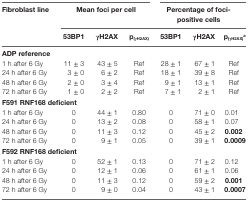
| <ROWSPAN=3> Fibroblast line | <COLSPAN=3> Mean foci per cell | <COLSPAN=3> Percentage of foci-positive cells |
 | 53BP1 | γH2AX | p(γH2AX) | 53BP1 | γH2AX | p(γH2AX)a |
 | --- | --- | --- | --- | --- | --- | --- |
 | <COLSPAN=7> ADP reference |
 | 1 h after 6 Gy | 11 ± 3 | 43 ± 5 | Ref | 28 ± 1 | 67 ± 1 | Ref |
 | 24 h after 6 Gy | 3 ± 0 | 6 ± 2 | Ref | 18 ± 1 | 39 ± 8 | Ref |
 | 48 h after 6 Gy | 2 ± 0 | 3 ± 4 | Ref | 9 ± 1 | 13 ± 1 | Ref |
 | 72 h after 6 Gy | 1 ± 0 | 2 ± 2 | Ref | 7 ± 1 | 2 ± 1 | Ref |
 | <COLSPAN=7> F591 RNF168 deficient |
 | 1 h after 6 Gy | 0 | 44 ± 1 | 0.80 | 0 | 71 ± 0 | 0.01 |
 | 24 h after 6 Gy | 0 | 13 ± 2 | 0.08 | 0 | 58 ± 1 | 0.07 |
 | 48 h after 6 Gy | 0 | 11 ± 3 | 0.12 | 0 | 45 ± 2 | 0.002 |
 | 72 h after 6 Gy | 0 | 9 ± 1 | 0.05 | 0 | 39 ± 1 | 0.0009 |
 | <COLSPAN=7> F592 RNF168 deficient |
 | 1 h after 6 Gy | 0 | 52 ± 1 | 0.13 | 0 | 71 ± 2 | 0.12 |
 | 24 h after 6 Gy | 0 | 12 ± 1 | 0.06 | 0 | 61 ± 1 | 0.06 |
 | 48 h after 6 Gy | 0 | 11 ± 3 | 0.12 | 0 | 59 ± 2 | 0.001 |
 | 72 h after 6 Gy | 0 | 9 ± 0 | 0.04 | 0 | 43 ± 1 | 0.0007 |